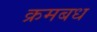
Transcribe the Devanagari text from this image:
क्रमबध